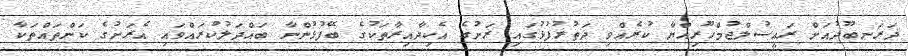
ދަރަނބޫދުއަށް ރައީސުލްޖުމްހޫރިއްޔާ ކުރެއްވި ދަތުރުފުޅުގައި ރަށުގެ އެކިދާއިރާތަކުގެ ބޭފުޅުންނާ ބައްދަލުކުރައްވައި އެރަށުގެ ކަންތައްތަކާ